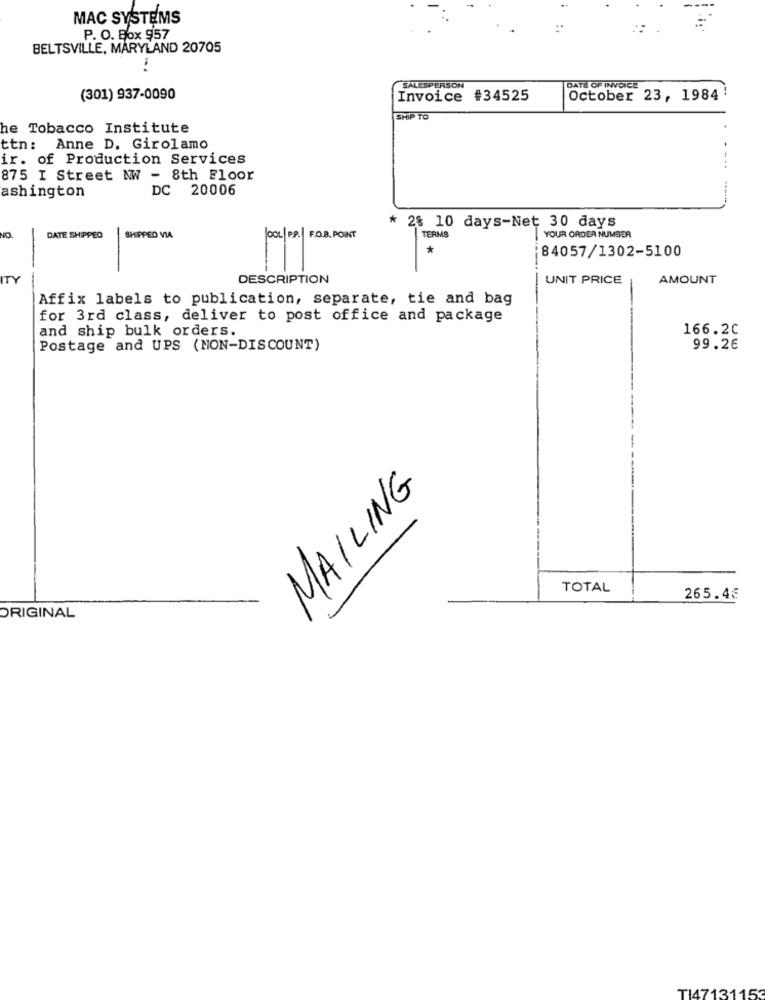
MAC SYSTEMS
P. O. Box 957
BELTSVILLE, MARYLAND 20705
1
SALESPERSON
DATE OF INVOICE
(301) 937-0090
Invoice #34525
October 23, 1984'
SHIP TO
he Tobacco Institute
ttn: Anne D. Girolamo
ir. of Production Services
875 I Street MW - 8th Floor
DC 20006
ashington
* 2% 10 days-Net 30 days
NO.
DATE SHIPPED
SHIPPED VIA
JOOL|P.P. | F.O.B. POINT
TERMS
YOUR ORDER NUMBER
*
84057/1302-5100
ITY
DESCRIPTION
UNIT PRICE
AMOUNT
-
Affix labels to publication, separate, tie and bag
for 3rd class, deliver to post office and package
and ship bulk orders.
166.20
Postage and UPS (NON-DISCOUNT)
99.26
MAILING
TOTAL
265.4€
ORIGINAL
TI47131153